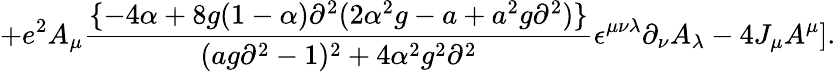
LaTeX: +e^{2}A_{\mu}{\frac{\{ -4\alpha+8g(1-\alpha)\partial^{2}(2\alpha^{2}g-a+a^{2}g\partial^{2})\} }{(ag\partial^{2}-1)^{2}+4\alpha^{2}g^{2}\partial^{2}}}\epsilon^{\mu\nu\lambda}\partial_{\nu}A_{\lambda}-4J_{\mu}A^{\mu}].